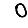
Digit: 0